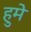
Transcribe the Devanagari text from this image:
हुमे